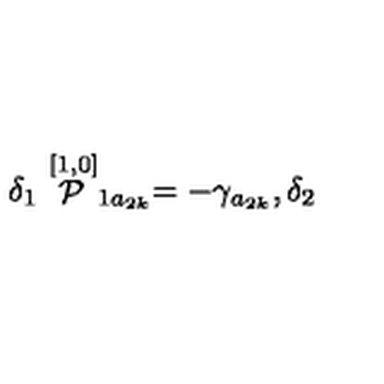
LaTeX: \delta _ { 1 } \stackrel { [ 1 , 0 ] } { \cal P } _ { 1 a _ { 2 k } } = - \gamma _ { a _ { 2 k } } , \delta _ { 2 }